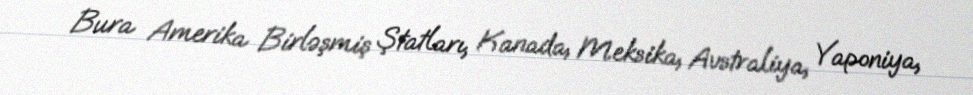
Bura Amerika Birləşmiş Ştatları, Kanada, Meksika, Avstraliya, Yaponiya,